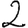
Digit: 2